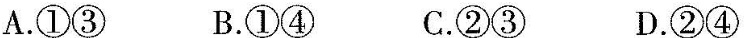
A.①③ B.①④ C.②③ D.②④